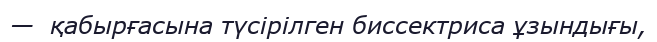
—  қабырғасына түсірілген биссектриса ұзындығы,